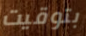
بتوقيت